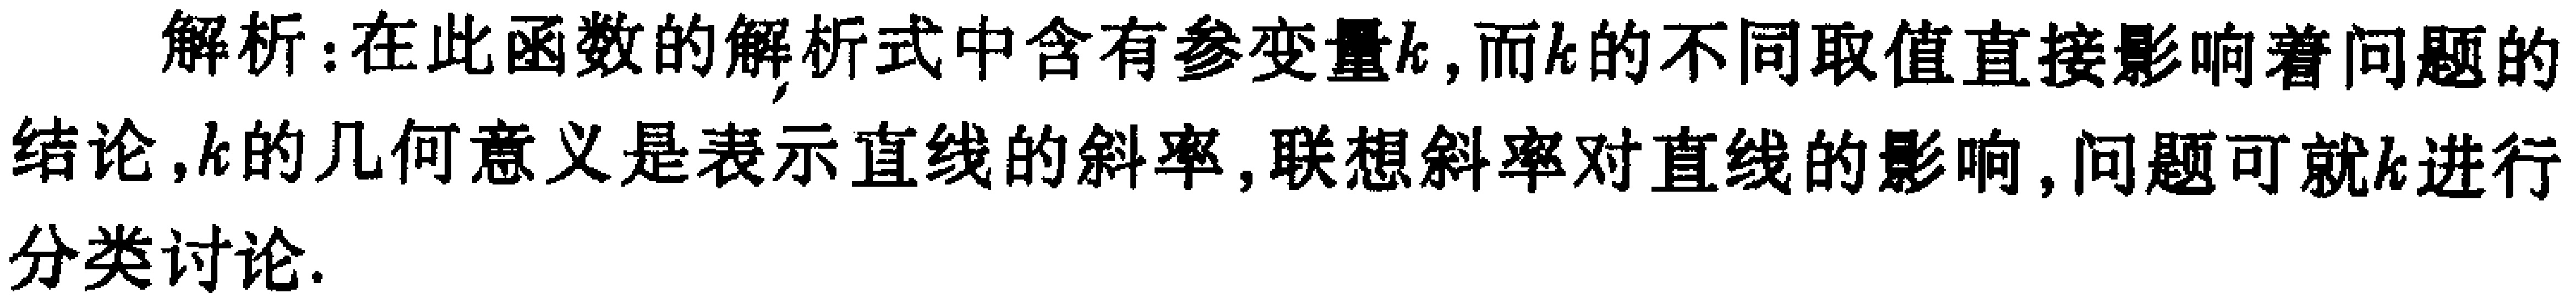
解析：在此函数的解析式中含有参变量\(k\)，而\(k\)的不同取值直接影响着问题的结论，\(k\)的几何意义是表示直线的斜率，联想斜率对直线的影响，问题可以进行分类讨论.